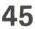
45